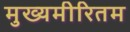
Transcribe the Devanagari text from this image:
मुख्यमीरितम